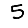
Digit: 5